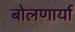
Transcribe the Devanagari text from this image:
बोलणार्या